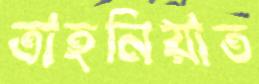
তাহনিয়াত